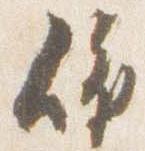
依